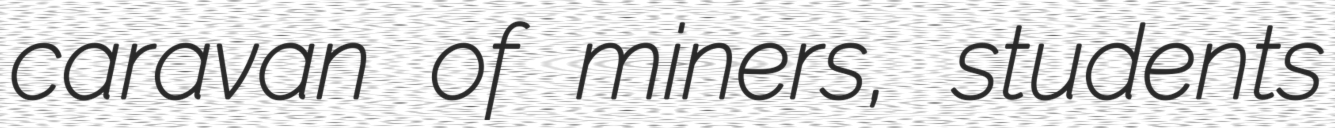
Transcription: caravan of miners, students